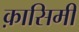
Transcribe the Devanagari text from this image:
क़ासिमी